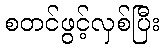
စတင်ဖွင့်လှစ်ပြီး